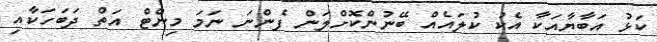
ކަޅު އަބާޔާއަކާ އެކު ކުލައެއް ބޭނުންކޮށްލަން ފެންނަ ނަމަ މިންޓް އަތް ދަބަހަކާއި